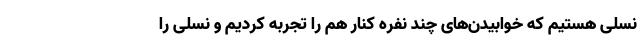
نسلی هستیم که خوابیدن‌های چند نفره کنار هم را تجربه کردیم و نسلی را